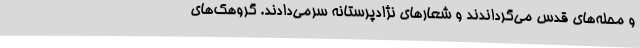
و محله‌های قدس می‌گرداندند و شعارهای نژادپرستانه سرمی‌دادند. گروهک‌های